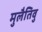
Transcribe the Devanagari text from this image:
मुलैतिवु